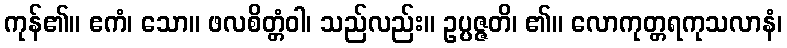
ကုန်၏။ ဧကံ၊ သော။ ဖလစိတ္တံဝါ၊ သည်လည်း။ ဥပ္ပဇ္ဇတိ၊ ၏။ လောကုတ္တရကုသလာနံ၊